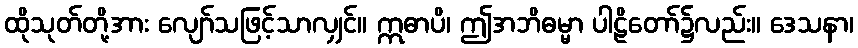
ထိုသုတ်တို့အား လျော်သဖြင့်သာလျှင်။ ဣဓာပိ၊ ဤအဘိဓမ္မာ ပါဠိတော်၌လည်း။ ဒေသနာ၊